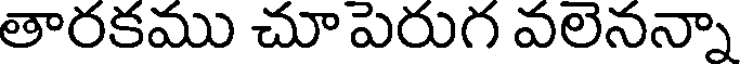
తారకము చూ పెరుగ వలెనన్నా